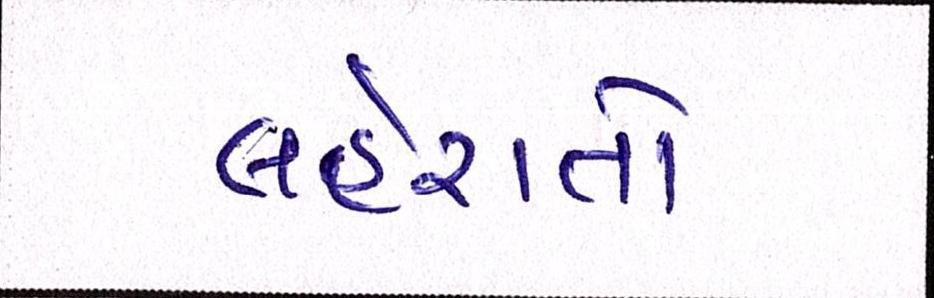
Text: લહેરાતો